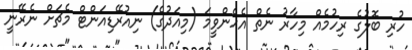
ހުރި ބޮލުގެ ރިހުމެއް މިހާރު ނެތް އެހެންވީމަ (މިއަދުގެ) ނިއުރޭޑިއަންޓް މެޗަށް ނެރޭނީ